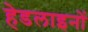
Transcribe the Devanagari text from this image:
हेडलाइनों